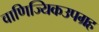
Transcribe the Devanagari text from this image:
वाणिज्यिकउपग्रह